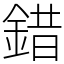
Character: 錯